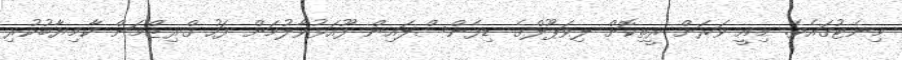
މިނެޓުގައެވެ. މިއީ ވަރަށް ރީތިކޮށް ލިވަޕޫލްގެ ޑިފެންސްލައިން ފޫއަޅުވާލުމަށް ފަހު ގްރިޒްމަން ކާމިޔާބުކުރި